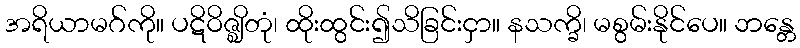
အရိယာမဂ်ကို။ ပဋိဝိဇ္ဈိတုံ၊ ထိုးထွင်း၍သိခြင်းငှာ။ နသက္ခိ၊ မစွမ်းနိုင်ပေ။ ဘန္တေ